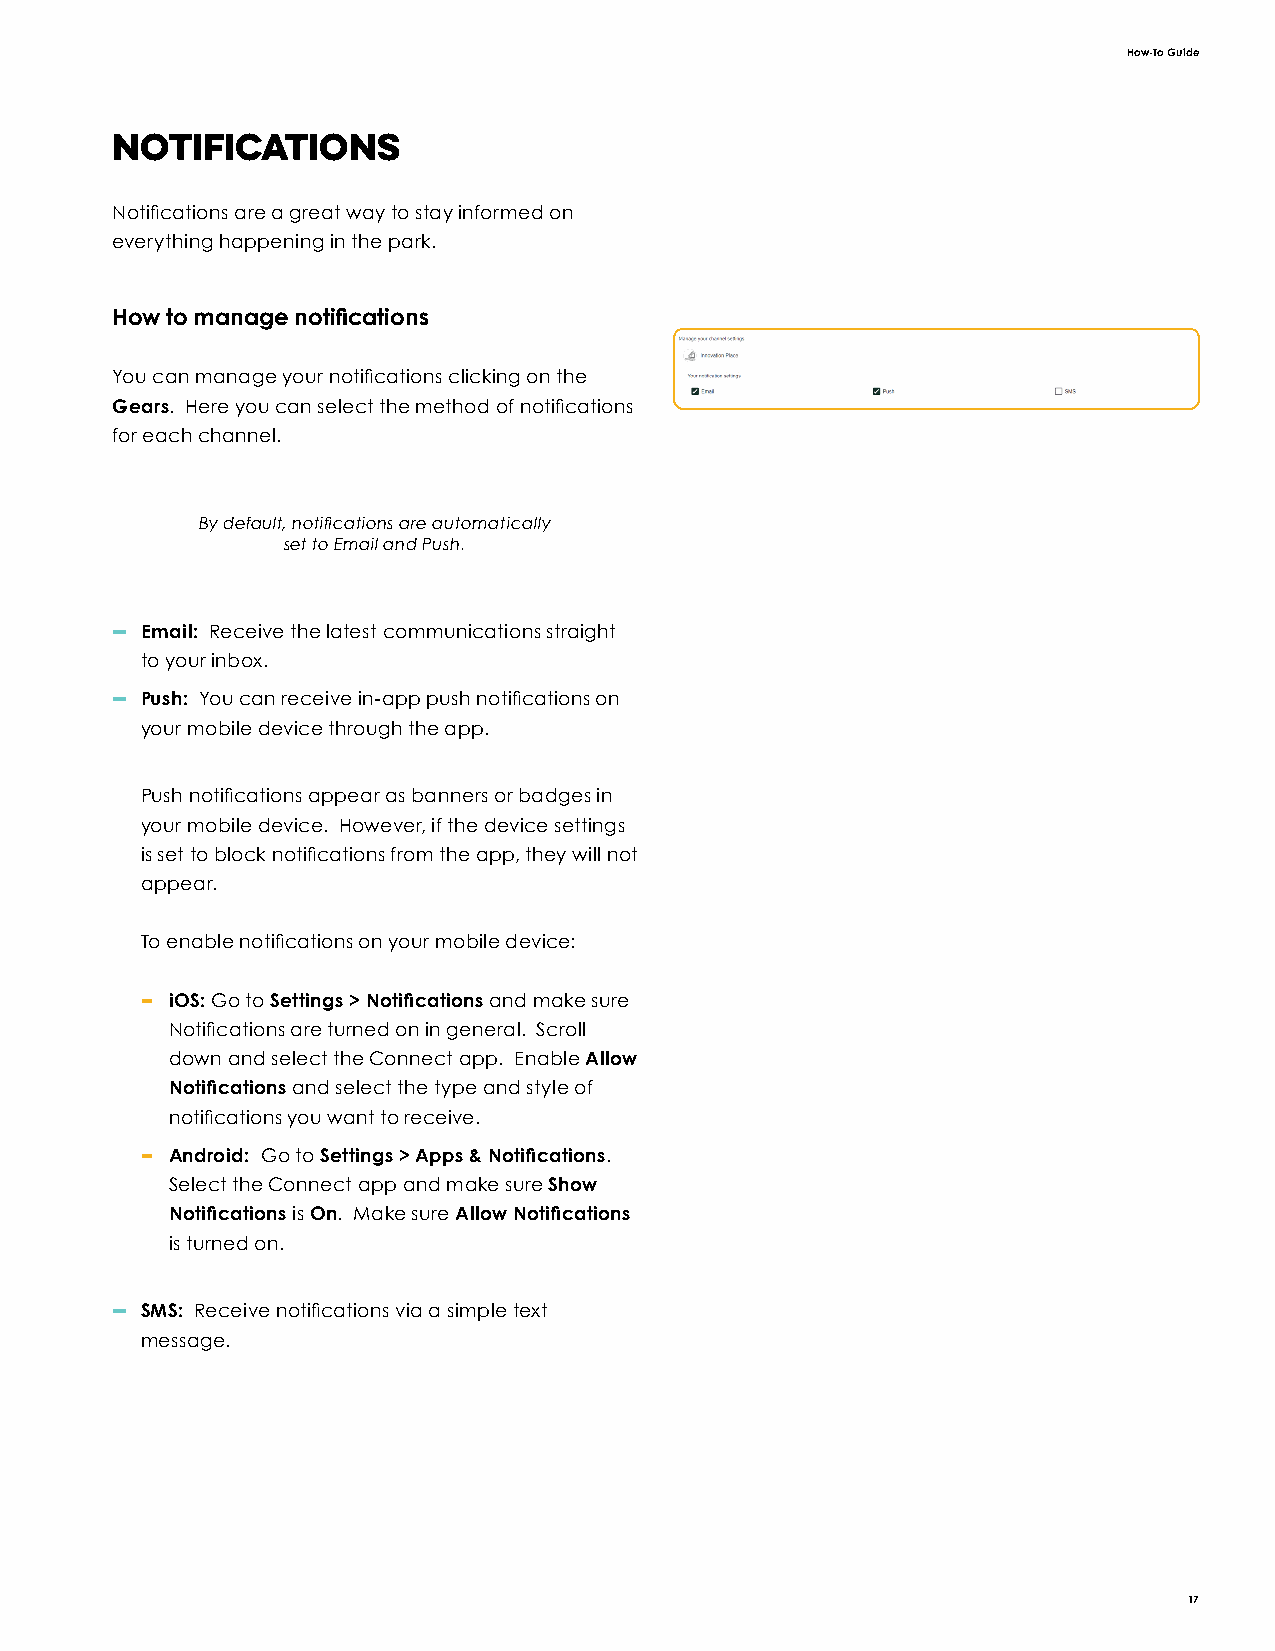
How-To Guide
 Notifications
 Notifications are a great way to stay informed on
 everything happening in the park.
 How to manage notifications
 You can manage your notifications clicking on the
 Gears. Here you can select the method of notifications
 for each channel.
 By default, notifications are automatically
 set to Email and Push.
 — Email: Receive the latest communications straight
 to your inbox.
 — Push: You can receive in-app push notifications on
 your mobile device through the app.
 Push notifications appear as banners or badges in
 your mobile device. However, if the device settings
 is set to block notifications from the app, they will not
 appear.
 To enable notifications on your mobile device:
 – iOS: Go to Settings > Notifications and make sure
 Notifications are turned on in general. Scroll
 down and select the Connect app. Enable Allow
 Notifications and select the type and style of
 notifications you want to receive.
 – Android: Go to Settings > Apps & Notifications.
 Select the Connect app and make sure Show
 Notifications is On. Make sure Allow Notifications
 is turned on.
 — SMS: Receive notifications via a simple text
 message.
 17